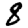
Digit: 8